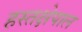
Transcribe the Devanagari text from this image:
हस्तक्षेपाल